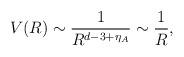
LaTeX: \begin{align*}V(R)\sim \frac{1}{R^{d-3+\eta_A}}\sim\frac{1}{R},\end{align*}